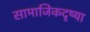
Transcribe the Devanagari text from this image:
सामाजिकदृष्या